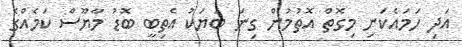
އަދި ހަމައެކަނި މިގޮތް އޮތުމުން ގިނަ ބަޔަކު އެތިބީ ބޮޑު މާޔޫސް ކަމެއްގެ